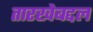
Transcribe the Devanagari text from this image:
तारखेबद्दल